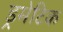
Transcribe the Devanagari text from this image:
ड्रमेटिक